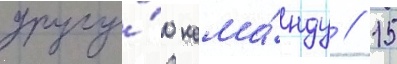
другу́ю кома́нду // 15